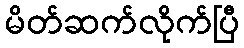
မိတ်ဆက်လိုက်ပြီ